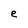
Character: e